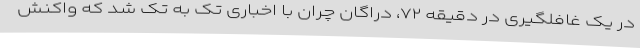
در یک غافلگیری در دقیقه ۷۲، دراگان چران با اخباری تک به تک شد که واکنش